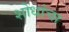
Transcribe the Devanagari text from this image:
शोधांचा